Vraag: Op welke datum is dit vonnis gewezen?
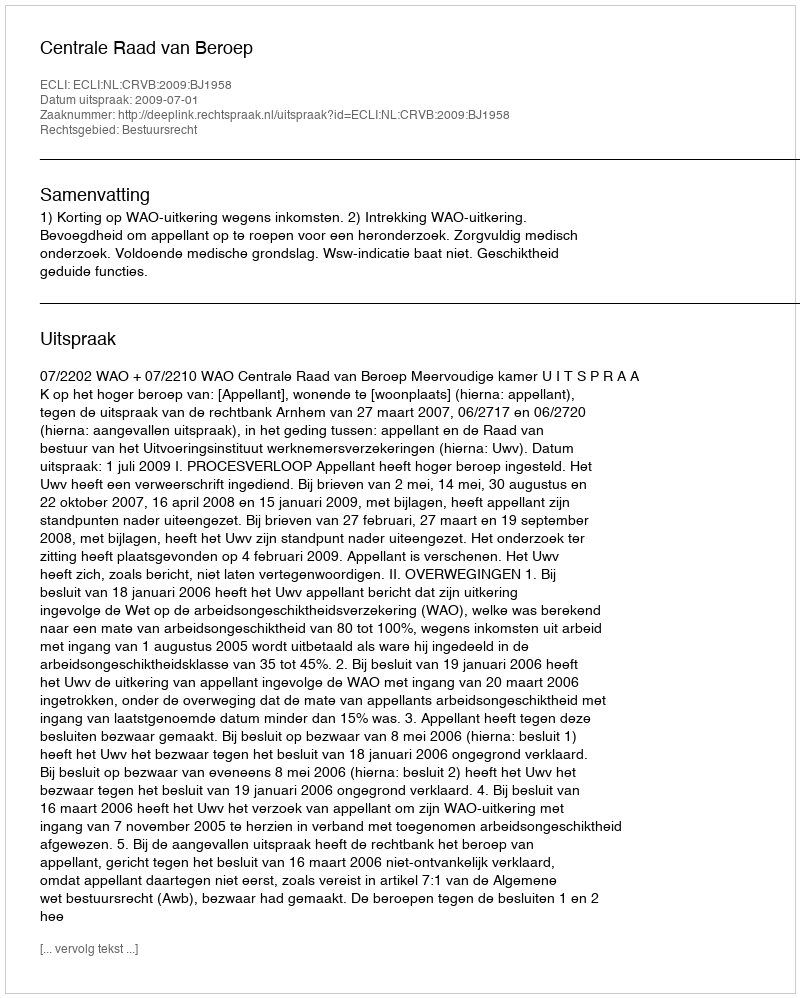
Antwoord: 2009-07-01